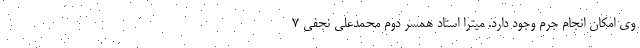
وی امکان انجام جرم وجود دارد. میترا استاد همسر دوم محمدعلی نجفی ۷